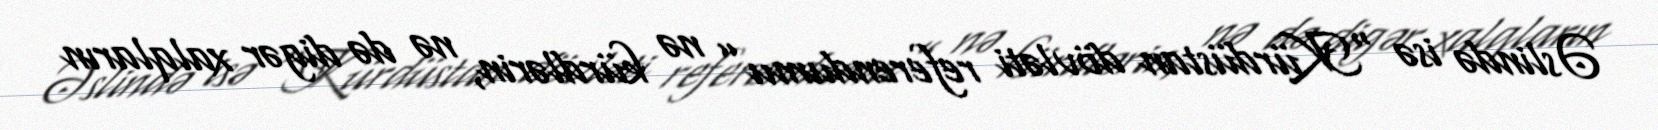
Əslində isə “Kürdüstan dövləti referendumu” nə kürdlərin, nə də digər xalqların